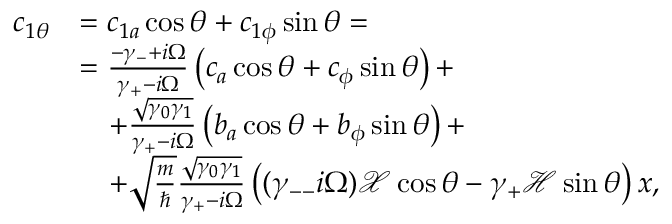
\begin{array} { r l } { c _ { 1 \theta } } & { = c _ { 1 a } \cos \theta + c _ { 1 \phi } \sin \theta = } \\ & { = \frac { - \gamma _ { - } + i \Omega } { \gamma _ { + } - i \Omega } \left( c _ { a } \cos \theta + c _ { \phi } \sin \theta \right) + } \\ & { \quad + \frac { \sqrt { \gamma _ { 0 } \gamma _ { 1 } } } { \gamma _ { + } - i \Omega } \left( b _ { a } \cos \theta + b _ { \phi } \sin \theta \right) + } \\ & { \quad + \sqrt { \frac { m } { \hbar } } \frac { \sqrt { \gamma _ { 0 } \gamma _ { 1 } } } { \gamma _ { + } - i \Omega } \left( ( \gamma _ { -- } i \Omega ) \mathcal { X } \cos \theta - \gamma _ { + } \mathcal { H } \sin \theta \right) x , } \end{array}